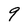
Character: 9